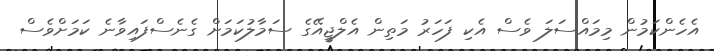
އެހެންކަމުން މިމައްސަލަ ވެސް އެކި ފަހަރު މަތިން އެލްޖީއޭގެ ސަމާލުކަމަށް ގެނެސްފައިވާނެ ކަމަށްވެސް